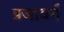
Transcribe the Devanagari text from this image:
प्रजावर्ग